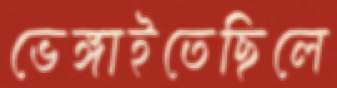
ভেঙ্গাইতেছিলে